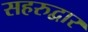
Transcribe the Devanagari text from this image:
सहरुद्वार